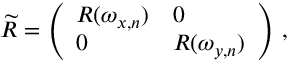
\widetilde { R } = \left( \begin{array} { l l } { R ( \omega _ { x , n } ) } & { 0 } \\ { 0 } & { R ( \omega _ { y , n } ) } \end{array} \right) \, ,